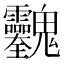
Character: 𱆢